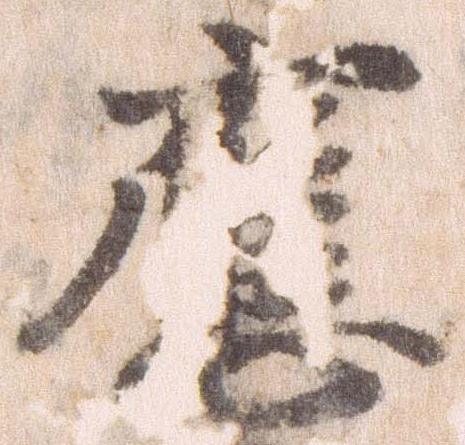
応